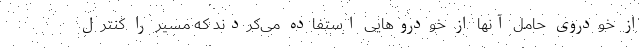
از خودروی حامل آنها از خودروهایی استفاده می‌کردند که مسیر را کنترل